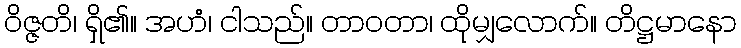
ဝိဇ္ဇတိ၊ ရှိ၏။ အဟံ၊ ငါသည်။ တာဝတာ၊ ထိုမျှလောက်။ တိဋ္ဌမာနော